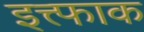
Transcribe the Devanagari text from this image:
इत्त्फाक